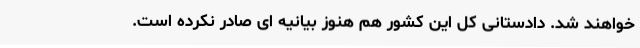
خواهند شد. دادستانی کل این کشور هم هنوز بیانیه ای صادر نکرده است.